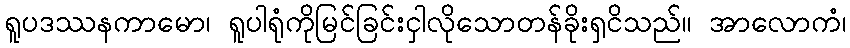
ရူပဒဿနကာမော၊ ရူပါရုံကိုမြင်ခြင်းငှါလိုသောတန်ခိုးရှငိသည်။ အာလောကံ၊